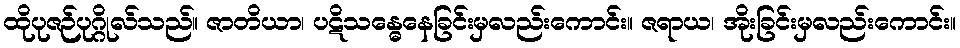
ထိုပုဇဉ်ပုဂ္ဂိုလ်သည်။ ဇာတိယာ၊ ပဋိသန္ဓေနေခြင်းမှလည်းကောင်း။ ဇရာယ၊ အိုးခြင်းမှလည်းကောင်း။